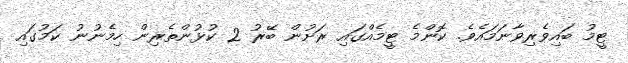
ޓީމު ބައިވެރިވާނަމައެވެ. ކޮންމެ ޓީމެއްގައި ރަށުން ބޭރު 2 ކުޅުންތެރިން ހިމެނުނު ކަމުގައި